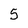
Character: 5